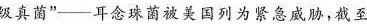
级真菌”-耳念珠菌被美国列为紧急威胁，截至